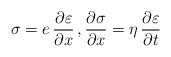
LaTeX: \begin{align*} \sigma = e \, \frac{\partial \varepsilon}{\partial x}\, , \frac{\partial \sigma}{\partial x} = \eta \, \frac{\partial \varepsilon}{\partial t}\end{align*}